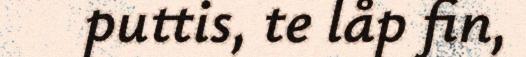
puttis, te låp fin,